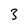
Character: 3